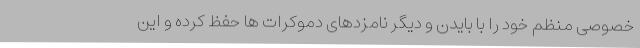
خصوصی منظم خود را با بایدن و دیگر نامزدهای دموکرات ها حفظ کرده و این